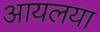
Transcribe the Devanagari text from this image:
आयलया